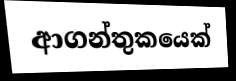
ආගන්තුකයෙක්